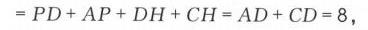
\(= PD + AP+DH + CH=AD + CD = 8,\)